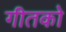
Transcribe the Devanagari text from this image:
गीतको